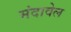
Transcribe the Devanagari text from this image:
मंदावेल